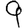
Digit: 9